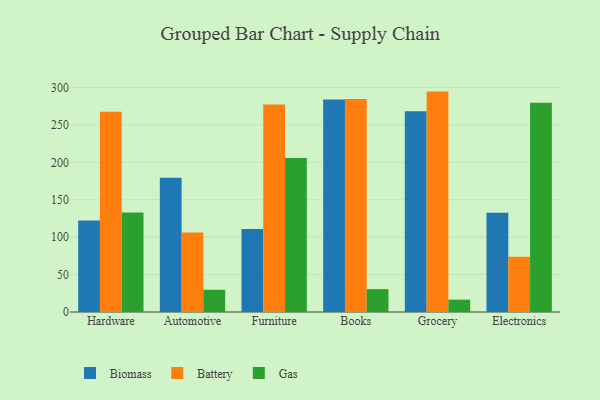
{"axis": {"x": "Category", "y": "Latency (ms)"}, "legend": ["Battery", "Biomass", "Gas"], "data": [{"x": "Hardware", "y": 122.4, "type": "Biomass"}, {"x": "Hardware", "y": 267.7, "type": "Battery"}, {"x": "Hardware", "y": 133.0, "type": "Gas"}, {"x": "Automotive", "y": 179.6, "type": "Biomass"}, {"x": "Automotive", "y": 106.3, "type": "Battery"}, {"x": "Automotive", "y": 29.7, "type": "Gas"}, {"x": "Furniture", "y": 110.8, "type": "Biomass"}, {"x": "Furniture", "y": 277.2, "type": "Battery"}, {"x": "Furniture", "y": 205.8, "type": "Gas"}, {"x": "Books", "y": 284.0, "type": "Biomass"}, {"x": "Books", "y": 284.8, "type": "Battery"}, {"x": "Books", "y": 30.5, "type": "Gas"}, {"x": "Grocery", "y": 268.5, "type": "Biomass"}, {"x": "Grocery", "y": 294.6, "type": "Battery"}, {"x": "Grocery", "y": 16.5, "type": "Gas"}, {"x": "Electronics", "y": 132.8, "type": "Biomass"}, {"x": "Electronics", "y": 74.0, "type": "Battery"}, {"x": "Electronics", "y": 279.6, "type": "Gas"}]}